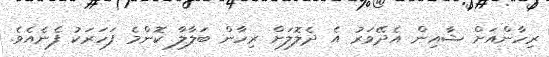
ރިހާންއަށް ޝާއިން އެދޭވަރު އެ ދެލޮލަށް ރިހާން ބަލާލާ ކޮންމެ ފަހަރަކު ފެނެއެވެ.